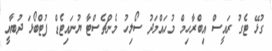
ގުޅޭ ޓެގު ރައީސް އިބްރާހިމް މުހައްމަދު ސޯލިހު މެންޗެސްޓާ ޔުނައިޓެޑް ފުޓްބޯޅަ ދުބާއީ